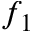
f _ { 1 }